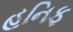
હનિફ